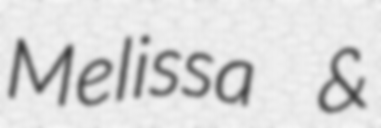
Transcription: Melissa &